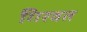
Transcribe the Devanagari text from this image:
गिरवत